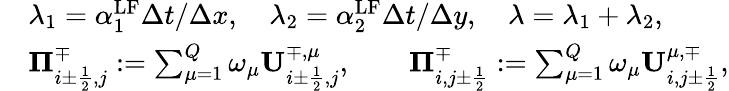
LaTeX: \begin{array}{rl}&{\lambda_{1}=\alpha_{1}^{\mathrm{{LF}}}\Delta t/\Delta x,\quad\lambda_{2}=\alpha_{2}^{\mathrm{LF}}\Delta t/\Delta y,\quad\lambda=\lambda_{1}+\lambda_{2},}\\ &{{\mathbf\Pi}_{i\pm\frac{1}{2},j}^{\mp}:=\sum_{\mu=1}^{Q}\omega_{\mu}\mathbf{U}_{i\pm\frac{1}{2},j}^{\mp,\mu},\qquad{\mathbf\Pi}_{i,j\pm\frac{1}{2}}^{\mp}:=\sum_{\mu=1}^{Q}\omega_{\mu}\mathbf{U}_{i,j\pm\frac{1}{2}}^{\mu,\mp},}\end{array}